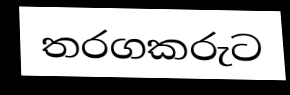
තරගකරුට